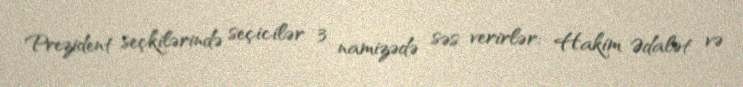
Prezident seçkilərində seçicilər 3 namizədə səs verirlər: Hakim Ədalət və